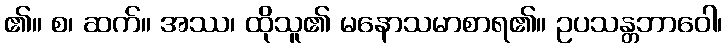
၏။ စ၊ ဆက်။ အဿ၊ ထိုသူ၏ မနောသမာစာရ၏။ ဥပသန္တဘာဝေါ၊